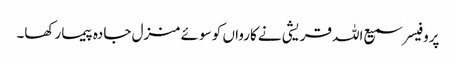
پروفیسر سمیع اللہ قریشی نے کارواں کو سوئے منزل جادہ پیما رکھا۔